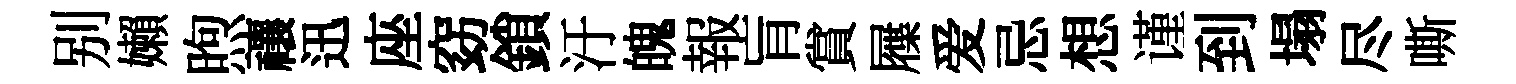
别嬾煦禳迅座窈鎖汙魄報肓賞屧爱忌想谨到塌尽嘶